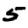
Digit: 5